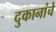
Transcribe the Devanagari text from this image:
दुकानांचे